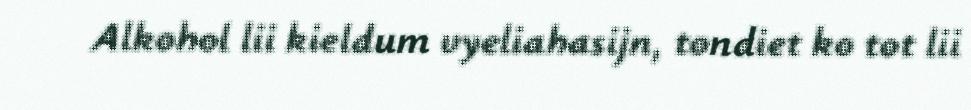
Alkohol lii kieldum vyeliahasijn, tondiet ko tot lii